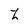
Character: Z